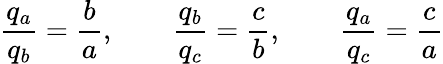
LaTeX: {\frac{q_{a}}{q_{b}}}={\frac{b}{a}},\quad\quad{\frac{q_{b}}{q_{c}}}={\frac{c}{b}},\quad\quad{\frac{q_{a}}{q_{c}}}={\frac{c}{a}}